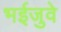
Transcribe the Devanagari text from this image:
भईजुवे